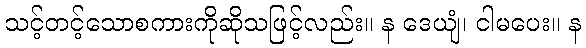
သင့်တင့်သောစကားကိုဆိုသဖြင့်လည်း။ န ဒေယျံ၊ ငါမပေး။ န